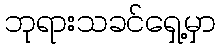
ဘုရားသခင်ရှေ့မှာ